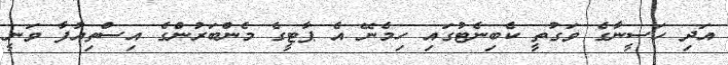
އަދި ހަސީނާގެ ވަގުތީ ކެބިނެޓުގައި ހިމެނޭ އެ ޕާޓީގެ މެންބަރުންގެ އިސްތިއުފާ ވަނީ